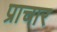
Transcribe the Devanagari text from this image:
प्राचार